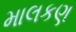
માલકણ